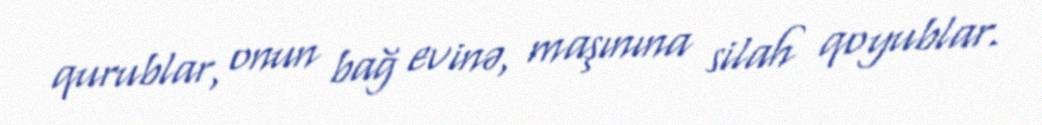
qurublar, onun bağ evinə, maşınına silah qoyublar.